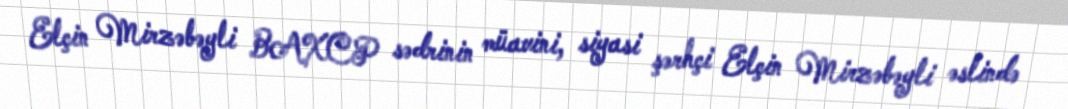
Elçin Mirzəbəyli BAXCP sədrinin müavini, siyasi şərhçi Elçin Mirzəbəyli əslində